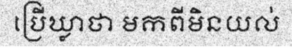
ប្រើឃ្លាថា មកពីមិនយល់